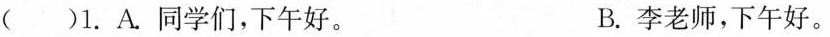
()1.A.同学们，下午好。 B.李老师，下午好。